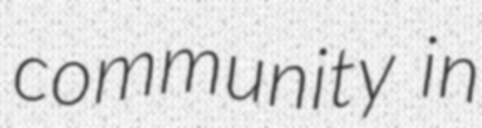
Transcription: community in